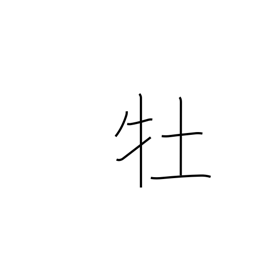
Meaning: male